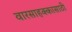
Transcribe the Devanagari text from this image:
वारसाहक्कासाठी